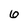
Character: 6